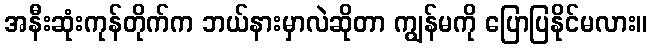
အနီးဆုံးကုန်တိုက်က ဘယ်နားမှာလဲဆိုတာ ကျွန်မကို ပြောပြနိုင်မလား။